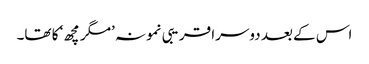
اس کے بعد دوسرا قریبی نمونہ ’مگر مچھ‘ کا تھا۔